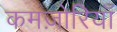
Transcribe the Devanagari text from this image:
कमज़ोरियाँ